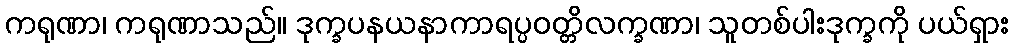
ကရုဏာ၊ ကရုဏာသည်။ ဒုက္ခပနယနာကာရပ္ပဝတ္တိလက္ခဏာ၊ သူတစ်ပါးဒုက္ခကို ပယ်ရှား